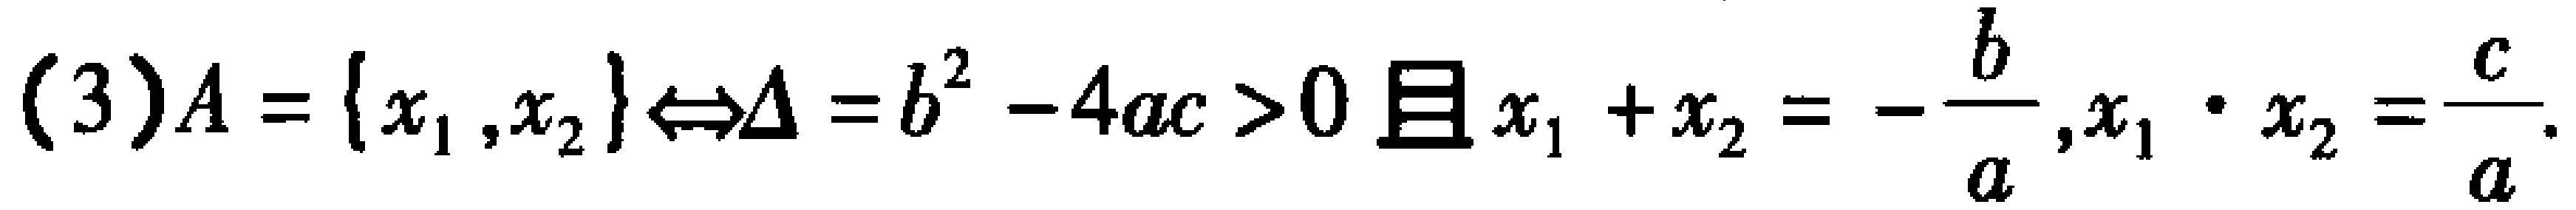
(3)$A = \{ x_{1},x_{2}\} \Leftrightarrow \Delta = b^{2}-4ac>0且x_{1}+x_{2}=-\frac{b}{a},x_{1}\cdot x_{2}=\frac{c}{a}.$